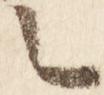
言